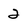
Character: 2